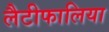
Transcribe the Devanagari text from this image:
लैटीफालिया